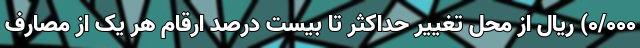
۰/۰۰۰) ریال از محل تغییر حداکثر تا بیست درصد ارقام هر یک از مصارف